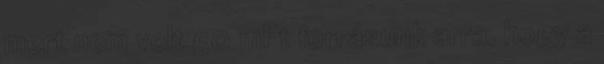
mert nem volt 50 mFt forrásunk arra, hogy a